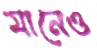
মানেও